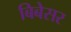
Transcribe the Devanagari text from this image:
बिबेसर